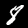
Digit: 8